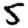
Digit: 5